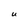
Character: U